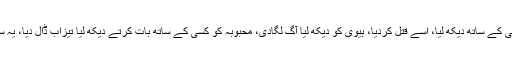
بیٹی کو کسی کے ساتھ دیکھ لیا، اسے قتل کردیا، بیوی کو دیکھ لیا آگ لگادی، محبوبہ کو کسی کے ساتھ بات کرتے دیکھ لیا تیزاب ڈال دیا، یہ سب کیا ہے۔